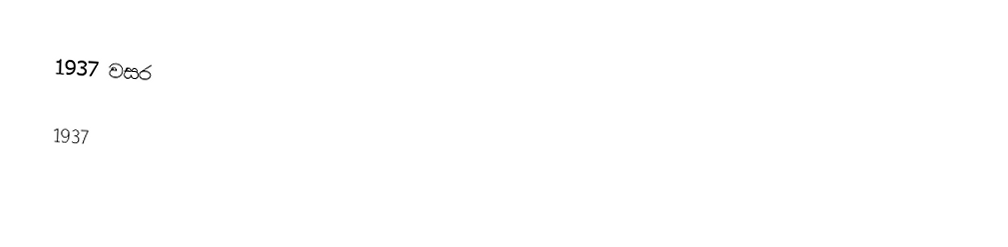
1937 වසර

1937